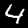
Label: 4